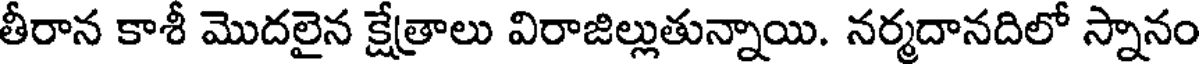
తీరాన కాశీ మొదలైన క్షేత్రాలు విరాజిల్లుతున్నాయి. నర్మదానదిలో స్నానం